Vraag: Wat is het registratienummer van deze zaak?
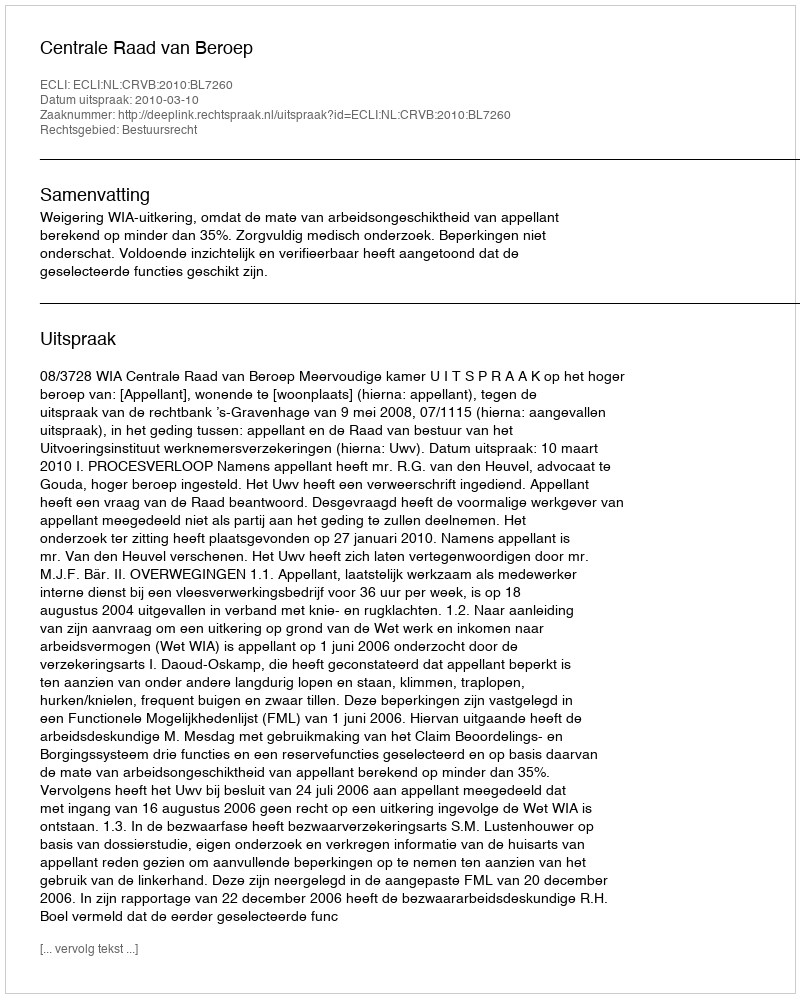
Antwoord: http://deeplink.rechtspraak.nl/uitspraak?id=ECLI:NL:CRVB:2010:BL7260